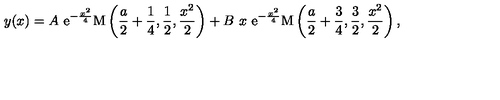
y ( x ) = A \ \mathrm { e } ^ { - \frac { x ^ { 2 } } { 4 } } \mathrm { M } \left( \frac { a } { 2 } + \frac { 1 } { 4 } , \frac { 1 } { 2 } , \frac { x ^ { 2 } } { 2 } \right) + B \ x \ \mathrm { e } ^ { - \frac { x ^ { 2 } } { 4 } } \mathrm { M } \left( \frac { a } { 2 } + \frac { 3 } { 4 } , \frac { 3 } { 2 } , \frac { x ^ { 2 } } { 2 } \right) ,